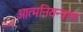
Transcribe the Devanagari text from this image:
आत्मनियन्त्राण